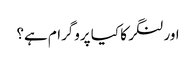
اور لنگر کا کیا پروگرام ہے؟